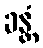
ခန္တံ